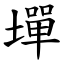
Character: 墠